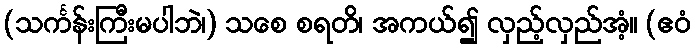
(သင်္ကန်းကြီးမပါဘဲ၊) သစေ စရတိ၊ အကယ်၍ လှည့်လှည်အံ့။ (ဧဝံ